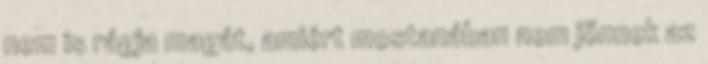
nem is rágja magát, amiért mostanában nem jönnek az